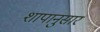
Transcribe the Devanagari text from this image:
शापानुसार